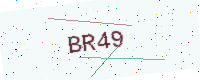
Text: BR49